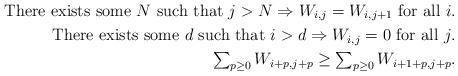
LaTeX: \begin{align*}\mbox{There exists some $N$ such that $j>N\Rightarrow W_{i,j}=W_{i,j+1}$ for all $i$}.\\\mbox{There exists some $d$ such that $i>d\Rightarrow W_{i,j}=0$ for all $j$}.\\\textstyle \sum_{p\geq 0}W_{i+p,j+p}\geq \sum_{p\geq 0}W_{i+1+p,j+p}.\end{align*}